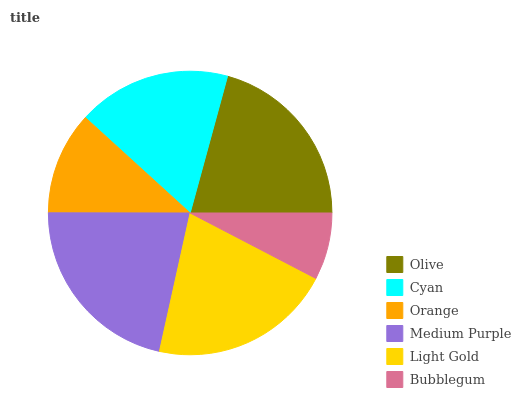
| Olive | Cyan | Orange | Medium Purple | Light Gold | Bubblegum |
 | --- | --- | --- | --- | --- | --- |
 | 20.7% | 17.5% | 11.7% | 21.5% | 20.9% | 7.65% |